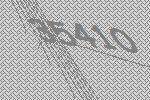
35410